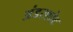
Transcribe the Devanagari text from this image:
अंडरशोट